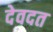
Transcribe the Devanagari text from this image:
देवदत